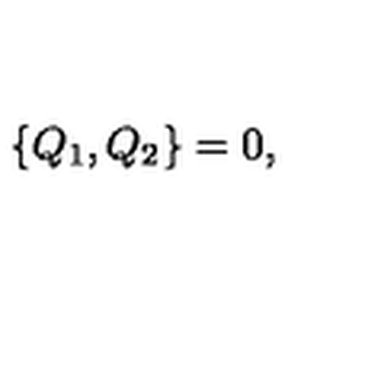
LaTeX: \{ Q _ { 1 } , Q _ { 2 } \} = 0 ,